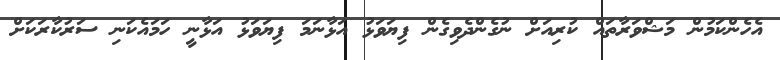
އެހެންކަމުން މަޝްވަރާތައް ކުރިއަށް ނުގެންދެވިގެން ފިޔަވަޅު އަޅާނަމަ ފިޔަވަޅު އަޅާނީ ހަމައެކަނި ސަރުކާރަކަށް